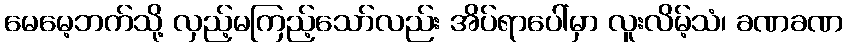
မေမေ့ဘက်သို့ လှည့်မကြည့်သော်လည်း အိပ်ရာပေါ်မှာ လူးလိမ့်သံ၊ ခဏခဏ